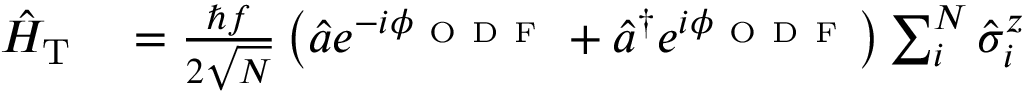
\begin{array} { r l } { \hat { H } _ { \mathrm { T } } } & { { } = \frac { \hbar f } { 2 \sqrt { N } } \left( \hat { a } e ^ { - i \phi _ { \mathrm { ~ O ~ D ~ F ~ } } } + \hat { a } ^ { \dagger } e ^ { i \phi _ { \mathrm { ~ O ~ D ~ F ~ } } } \right) \sum _ { i } ^ { N } \hat { \sigma } _ { i } ^ { z } } \end{array}